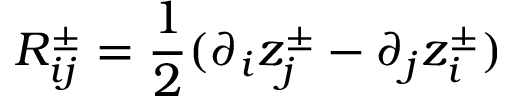
R _ { i j } ^ { \pm } = \frac { 1 } { 2 } ( \partial _ { i } z _ { j } ^ { \pm } - \partial _ { j } z _ { i } ^ { \pm } )